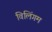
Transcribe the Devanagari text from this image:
विलिंगम